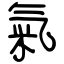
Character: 氣